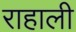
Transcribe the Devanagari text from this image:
राहाली